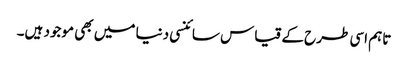
تاہم اسی طرح کے قیاس سائنسی دنیا میں بھی موجود ہیں۔